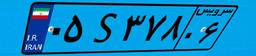
۰۵S۳۷۸۰۶